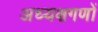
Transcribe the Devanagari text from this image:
अध्यक्षगणों